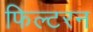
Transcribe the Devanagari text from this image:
फिल्टरन